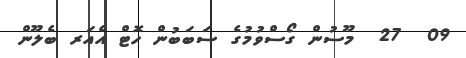
09  27  މޫސުން ގޯސްވުމުގެ ސަބަބުން ހޮޓް އެއަރ ބެލޫން